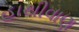
હાથીવાણ